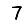
Digit: 7